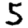
Digit: 5